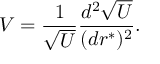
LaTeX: V = { \frac { 1 } { \sqrt { U } } } { \frac { d ^ { 2 } \sqrt { U } } { ( d r ^ { * } ) ^ { 2 } } } .